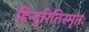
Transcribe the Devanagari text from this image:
हिन्दुरितिस्मृतः